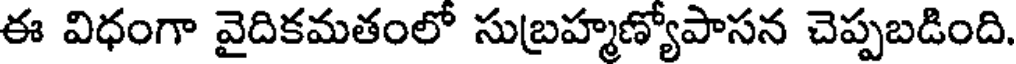
ఈ విధంగా వైదికమతంలో సుబ్రహ్మణ్యోపాసన చెప్పబడింది.